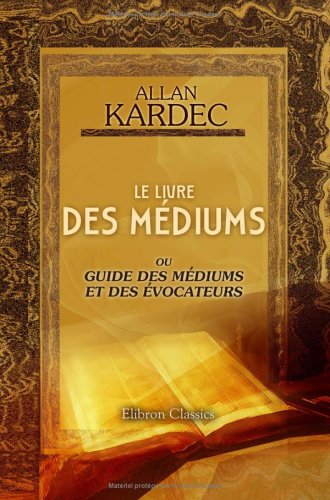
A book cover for Le livre des mÃ©diums ou Guide des mÃ©diums et des Ã©vocateurs (French Edition); Allan Kardec; Religion & Spirituality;